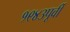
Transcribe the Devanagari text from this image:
१९४३पूर्वी